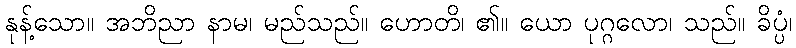
နုန့်သော။ အဘိညာ နာမ၊ မည်သည်။ ဟောတိ၊ ၏။ ယော ပုဂ္ဂလော၊ သည်။ ခိပ္ပံ၊